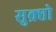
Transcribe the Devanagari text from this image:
सुक्र्तो